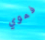
فموي